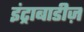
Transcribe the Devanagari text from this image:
इंट्राबाडीज़